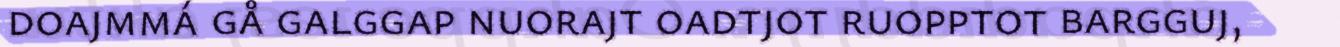
doajmmá gå galggap nuorajt oadtjot ruopptot bargguj,